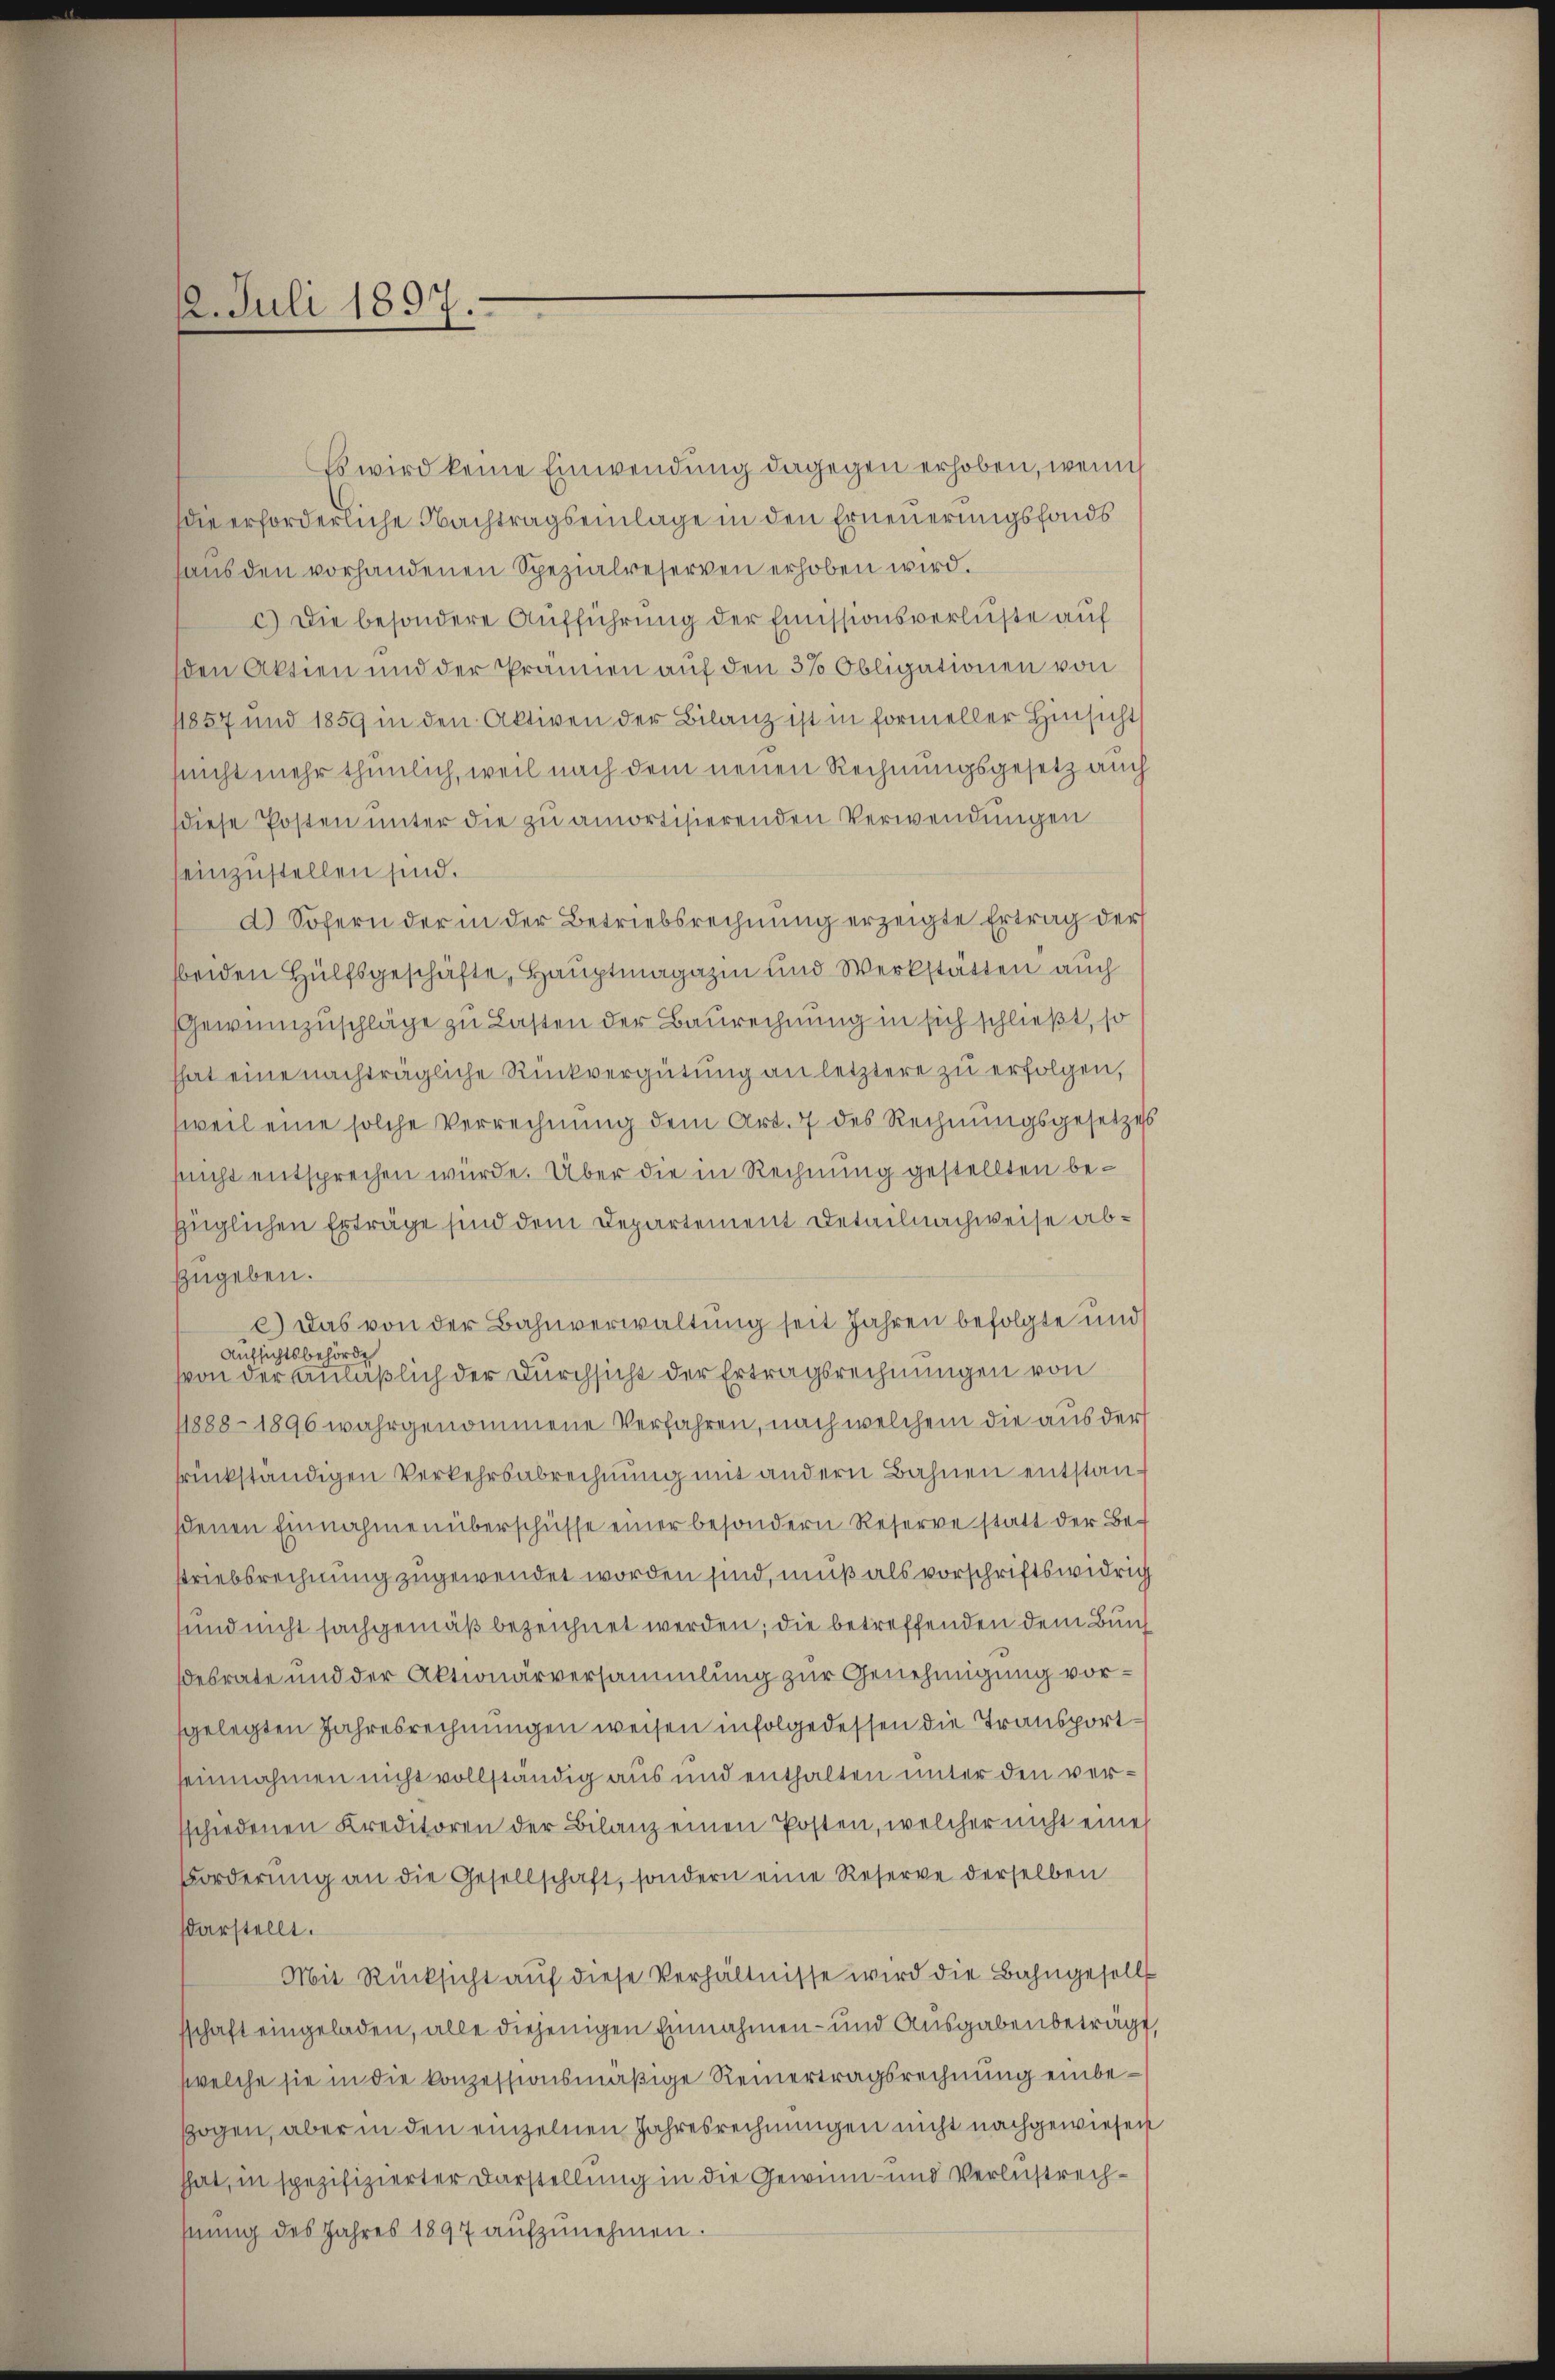
2. Juli 1897.

Es wird keine Einwendung dagegen erhoben, wenn
die erforderliche Nachtragseinlage in den Erneuerungsfonds
aus den vorhandenen Spezialreserven erhoben wird.
c.) Die besondere Aufführung der Emissionsverluste auf
den Aktien und der Prämien auf den 3% Obligationen von
1857 und 1859 in den Aktiven der Bilanz ist in formeller Hinsichts
nicht mehr thunlich, weil nach dem neuen Rechnungsgesetz auch
diese Posten unter die zu amortisierenden Verwendungen
einzustellen sind.
d. Sofern der in der Betriebsrechnŭng erzeigte Ertrag der
beiden Hülfsgeschäfte, Hauptmagazin und Werkstätten auch
Gewinnzuschläge zu Lasten der Baurechnung in sich schließt, so
That eine nachträgliche Rückvergütung an letztere zu erfolgen,
weil eine solche Verrechnung dem Art. 7 des Rechnungsgesetzess
sucht entsprechen würde. Über die in Rechnung gestellten bezüglichen Erträge sind dem Departement Detail nachweise abzugeben.
c.) Das von der Bahnverwaltung seit Jahren befolgte und
Aufsichtsbehörde
von der anläßlich der Durchsicht der Ertragsrechnungen von
11888 - 1896 wahrgenommene Verfahren, nach welchem die aus der
rückständigen Verkehrsabrechnung mit andern Bahnen entstanhdenen Einnahmen überschüsse einer besondern Reserve statt der Be-
striebsrechnung zugewendet worden sind, muß als vorschriftswidrig
sund nicht sachgemäß bezeichnet werden; die betreffenden dem Bundesrate und der Aktionärversammlung zur Genehmigung vorsgelegten Jahresrechnungen weisen infolgedessen die Transportseinnahmen nicht vollständig aus und enthalten unter den verschiedenen Kreditoren der Bilanz einen Posten, welcher nicht eine
Forderŭng an die Gesellschaft, sondern eine Reserve derselben
sdarstellt.
Mit Rücksicht aŭf diese Verhältnisse wird die Bahngesells
sschaft eingeladen, alle diejenigen Einnahmen- und Ausgabenbeträgt,
welche sie in die konzessionsmäßige Reinertragsrechnung einbegogen, aber in den einzelnen Jahresrechnungen nicht nachgewiesen
hhat, in spezifizierter Darstellung in die Gewinn- und Verlustrechhnung des Jahres 1897 aŭfzŭnehmen.